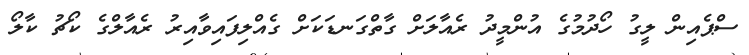
ސްޕެއިން ލީގު ހޯދުމުގެ އުންމީދު ރެއާލަށް ގާތްގަނޑަކަށް ގެއްލިފައިވާއިރު ރެއާލްގެ ކޯޗު ކާލޯ